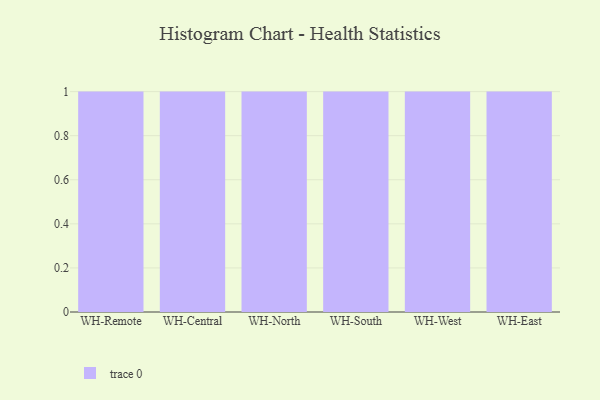
{"axis": {"x": "Warehouse", "y": "Bounce Rate (%)"}, "legend": [""], "data": [{"x": "WH-Remote", "y": 26, "type": ""}, {"x": "WH-Central", "y": 87, "type": ""}, {"x": "WH-North", "y": 81, "type": ""}, {"x": "WH-South", "y": 9, "type": ""}, {"x": "WH-West", "y": 10, "type": ""}, {"x": "WH-East", "y": 41, "type": ""}]}